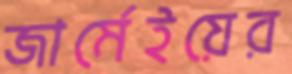
জার্মেইয়ের